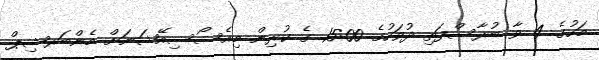
މަހުގެ 4 ވާ ބުރާސްފަތި ދުވަހުގެ 15:00 ގެ ކުރިން މިއެސޯސިއޭޝަނަށް މެންބަރޝިޕް